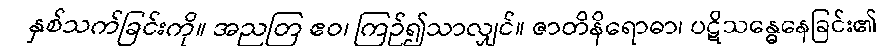
နှစ်သက်ခြင်းကို။ အညတြ ဧဝ၊ ကြဉ်၍သာလျှင်။ ဇာတိနိရောဓာ၊ ပဋိသန္ဓေနေခြင်း၏